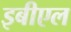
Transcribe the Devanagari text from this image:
इबीएल